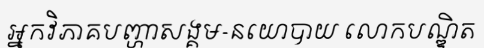
អ្នកវិភាគបញ្ហាសង្គម-នយោបាយ លោកបណ្ឌិត